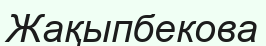
Жақыпбекова